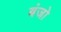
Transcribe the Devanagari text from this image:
बंजो